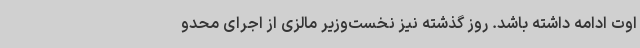
اوت ادامه داشته باشد. روز گذشته نیز نخست‌وزیر مالزی از اجرای محدو